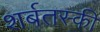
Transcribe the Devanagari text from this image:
शर्बतस्की